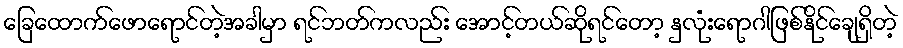
ခြေထောက်ဖောရောင်တဲ့အခါမှာ ရင်ဘတ်ကလည်း အောင့်တယ်ဆိုရင်တော့ နှလုံးရောဂါဖြစ်နိုင်ချေရှိတဲ့